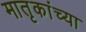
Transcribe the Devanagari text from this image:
मातृकांच्या